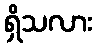
ရှိသလား